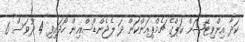
ކަދާ އިންވިޓޭޝަން ކަޕްގެ ޗެމްޕިއަންކަން ދަ ލެޖެންޑްސްއިން ހޯދައިފި 4 ދުވަސް 6